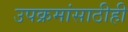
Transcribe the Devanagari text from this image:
उपक्रमांसाठीही